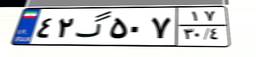
۶۱گ۳۳۵۶۰